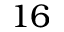
1 6